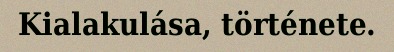
Kialakulása, története.